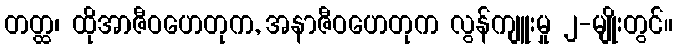
တတ္ထ၊ ထိုအာဇီဝဟေတုက, အနာဇီဝဟေတုက လွန်ကျူးမှု ၂-မျိုးတွင်။